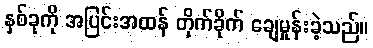
နှစ်ခုကို အပြင်းအထန် တိုက်ခိုက် ချေမှုန်းခဲ့သည်။